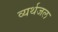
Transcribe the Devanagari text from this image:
व्यर्थजल